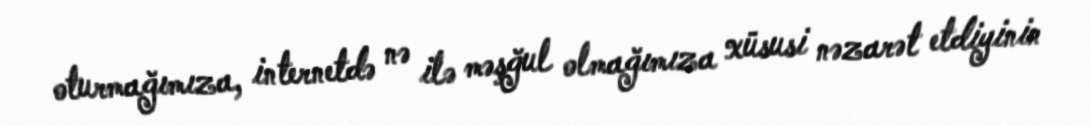
oturmağımıza, internetdə nə ilə məşğul olmağımıza xüsusi nəzarət etdiyinin